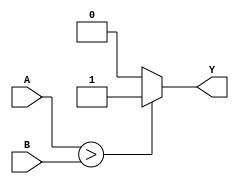
`timescale 1ns / 1ps

module comparator_8bit(

    	 input [7:0] A,
	 input [7:0] B,
    	 output reg Y);
	 
	always @(*)
	    if(A > B)
	        begin
		    Y = 1;
		end
	    else
	        begin
		    Y = 0;
	    end
endmodule